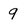
Character: 9